Regulations for the medical services of the Army of India
Year: 1930
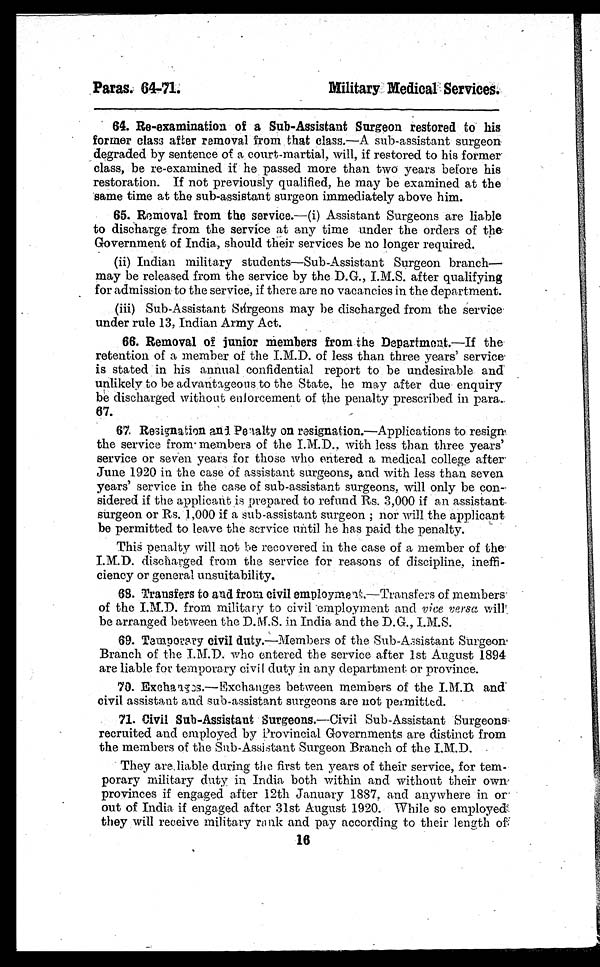
Paras. 64-71.
Military Medical Services.
64. Re-examination of a Sub-Assistant Surgeon restored to his
former class after removal from that class.— A sub-assistant surgeon
degraded by sentence of a court-martial, will, if restored to his former
class, be re-examined if he passed more than two years before his
restoration. If not previously qualified, he may be examined at the
same time at the sub-assistant surgeon immediately above him.
65. Removal from the service.—(i) Assistant Surgeons are liable
to discharge from the service at any time under the orders of the
Government of India, should their services be no longer required.
(ii) Indian military students—Sub-Assistant Surgeon branch
— m a y b e r e l e a s e d f r o m t h e s e r v i c e b y t h e D . G . , I . M . S . a f t e r q u a l i f y i n g
for admission to the service, if there are no vacancies in the department.
(iii) Sub-Assistant Surgeons may be discharged from the service
under rule 13, Indian Army Act.
66. Removal of junior members from the Department.— If the
retention of a member of the I.M.D. of less than three years' service
is stated in his annual confidential report to be undesirable and
unlikely to be advantageous to the State, he may after due enquiry
be discharged without enforcement of the penalty prescribed in para.
67.
67. Resignation and Penalty on resignation.— Applications to resign
the service from members of the I.M.D., with less than three years'
service or seven years for those who entered a medical college after
June 1920 in the case of assistant surgeons, and with less than seven
years' service in the case of sub-assistant surgeons, will only be con-
sidered if the applicant is prepared to refund Rs. 3,000 if an assistant
surgeon or Rs. 1,000 if a sub-assistant surgeon; nor will the applicant
be permitted to leave the service until he has paid the penalty.
This penalty will not be recovered in the case of a member of the
I.M.D. discharged from the service for reasons of discipline, ineffi-
ciency or general unsuitability.
68. Transfers to and from civil employment.— Transfers of members
of the I.M.D. from military to civil employment and vice versa will
be arranged between the D.M.S. in India and the D.G., I.M.S.
69. Temporary civil duty.—Members of the Sub-Assistant Surgeon
Branch of the I.M.D. who entered the service after 1st August 1894
are liable for temporary civil duty in any department or province.
70. Exchanges.— Exchanges between members of the I.M.D and
civil assistant and sub-assistant surgeons are not permitted.
71. Civil Sub-Assistant Surgeons.—Civil Sub-Assistant Surgeons
recruited and employed by Provincial Governments are distinct from
the members of the Sub-Assistant Surgeon Branch of the I.M.D.
They are liable during the first ten years of their service, for tem-
porary military duty in India both within and without their own
provinces if engaged after 12th January 1887, and anywhere in or
out of India if engaged after 31st August 1920. While so employed
they will receive military rank and pay according to their length of
16